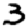
Digit: 3